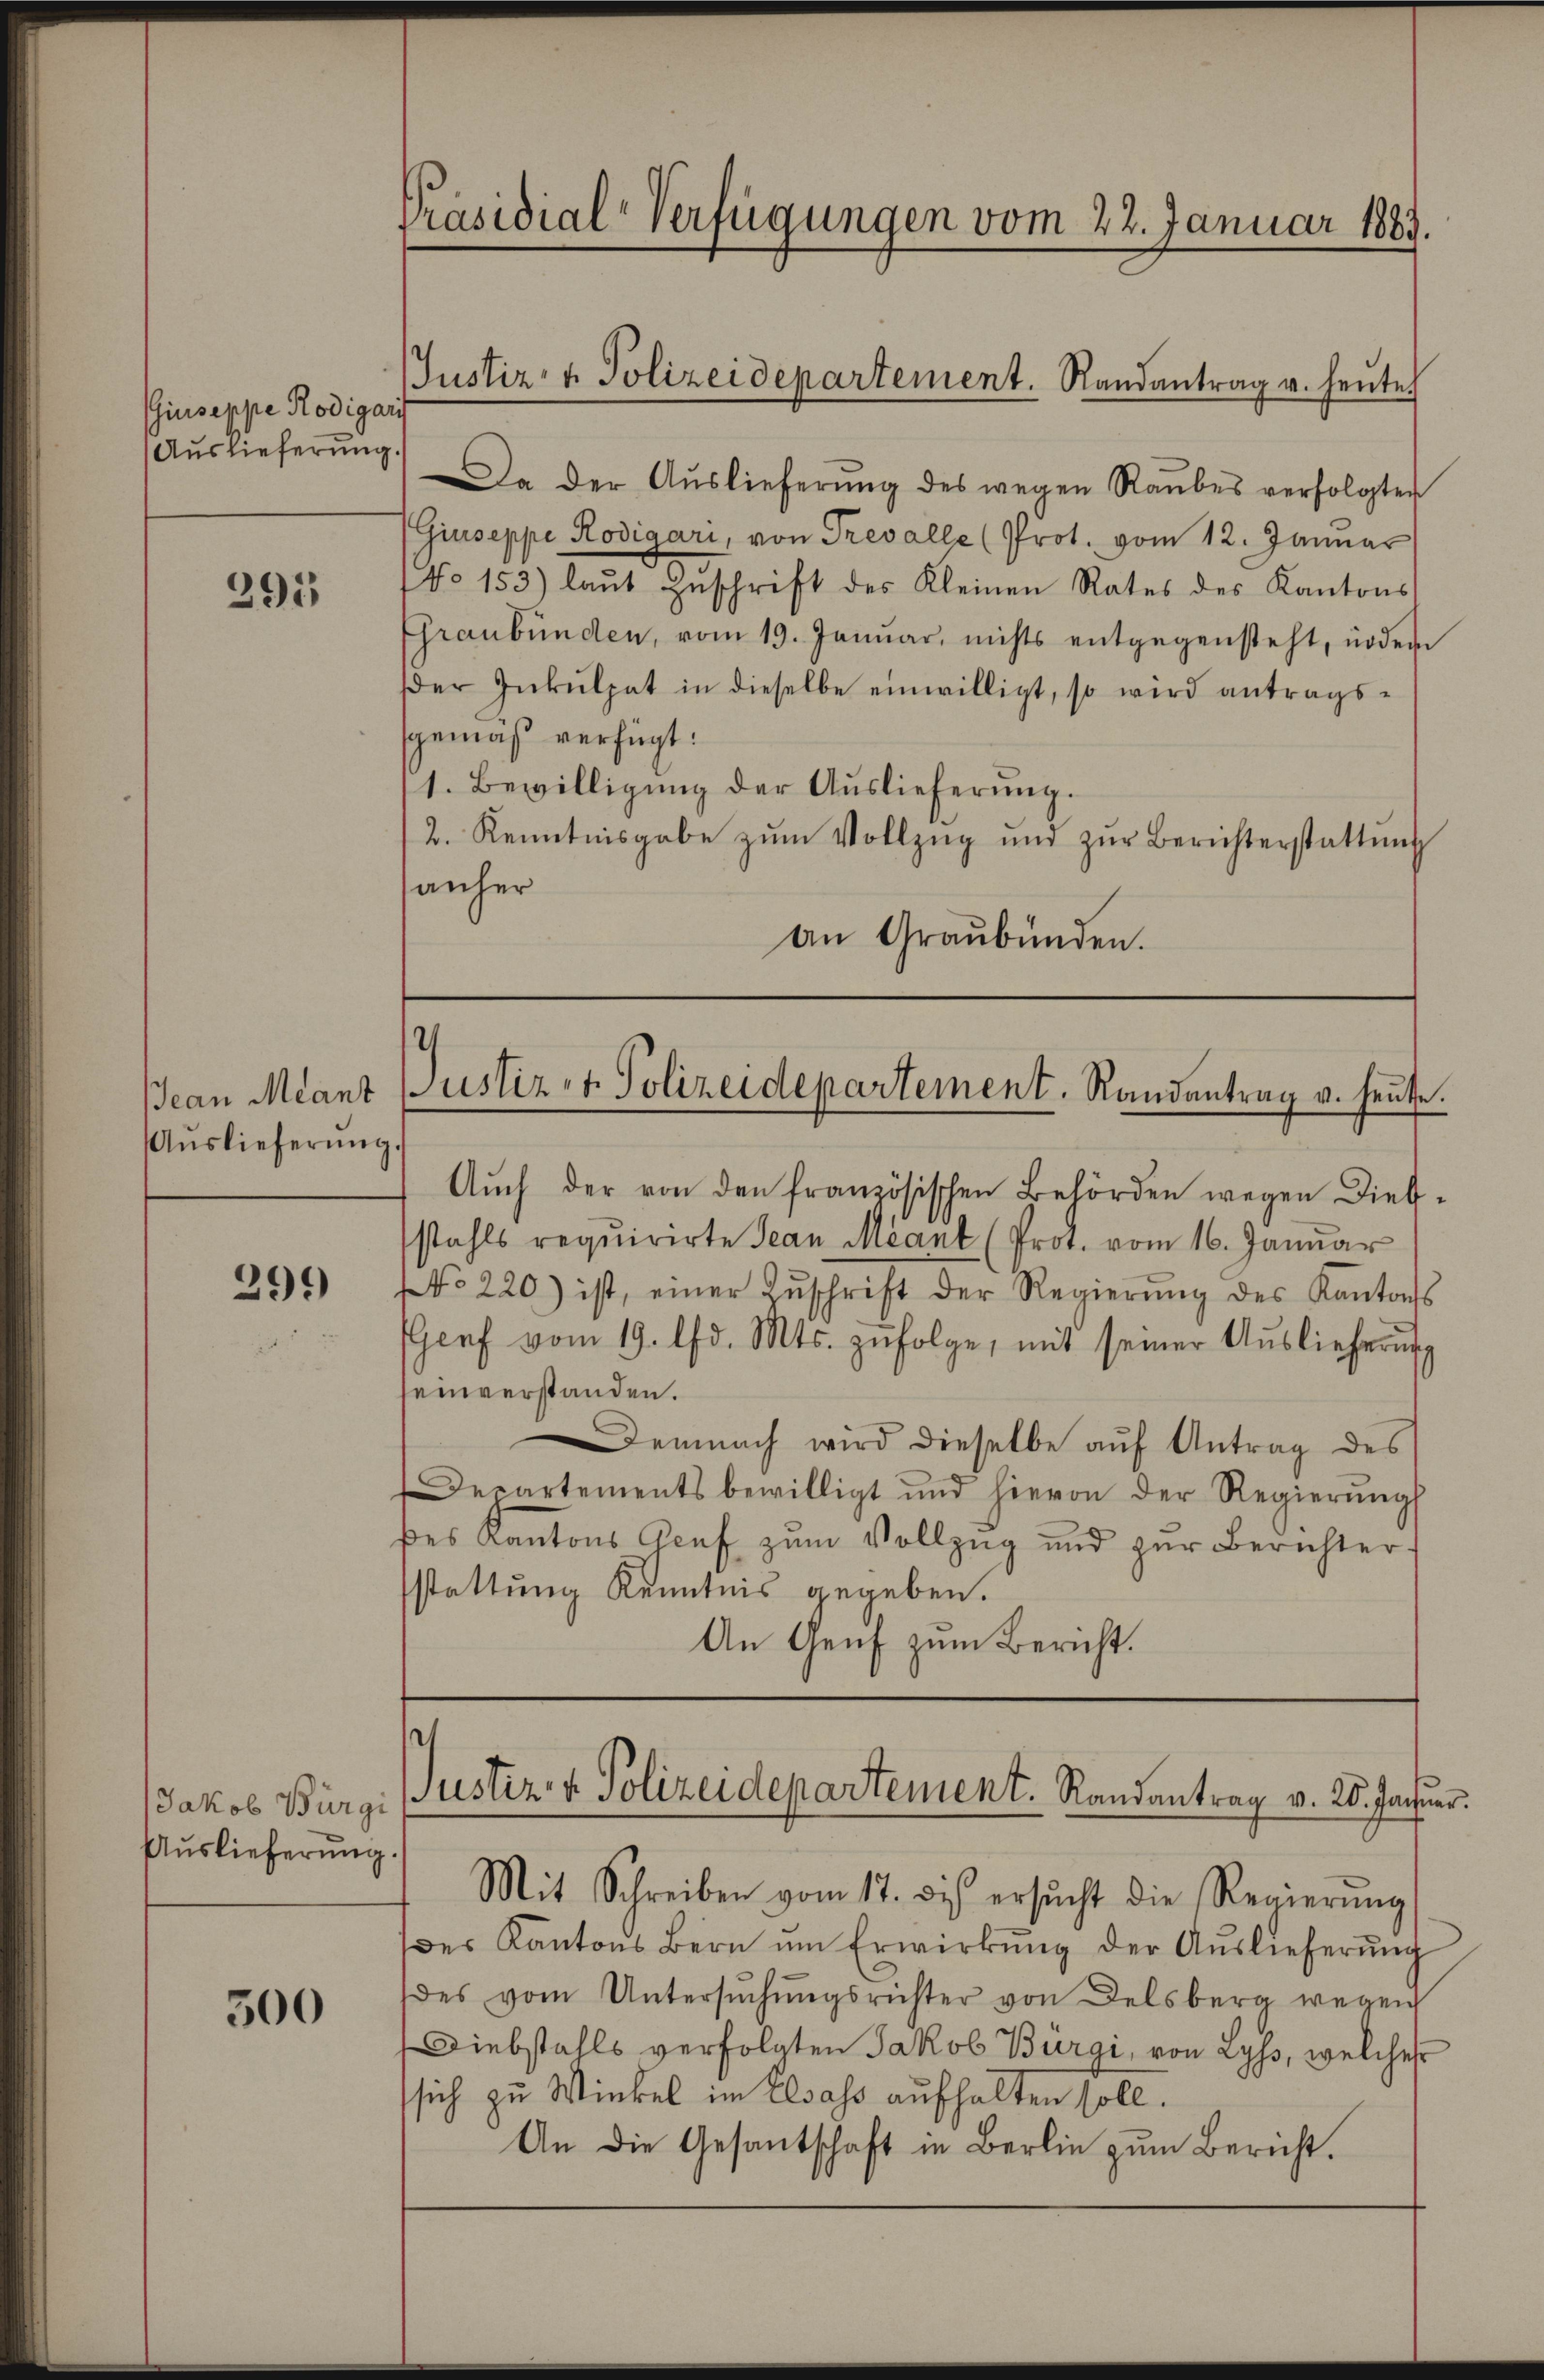
Giuseppe Rodigari
Auslieferung.

291

Auslieferŭng.

299)

Jakob Bürgi
Auslieferung.

300

Präsidial-Verfügungen vom 22. Januar 1883.

Justiz- & Polizeidepartement. Randantrag u. heute.

Da der Aŭslieferŭng des wegen Raubes verfolgten
Giuseppe Rodigari, von Trevalle (Prot. vom 12. Januar
NNo 153) laŭt Zŭschrift des Kleinen Rates des Kantons
Graubünden, vom 19. Januar, nichts entgegensteht, indem
er Inkulpat in dieselbe einwilligt, so wird antragsgemäß verfügt:
1. Bewilligung der Auslieferung.
2. Kenntnisgabe zŭm Vollzŭg und zŭr Berichterstattŭng
sanher
an Graubünden.

.
Jean Mant lustiz- & Polizeidepartement. Randantrag v. Heute.

Aŭch der von den französischen Behörden wegen Dieb-
stahls requirirte Jean Méant (Prot. vom 16. Januar
No 220) ist, einer Zŭschrift der Regierŭng des Kantons
Genf vom 19. d. Mts. zŭfolge, mit seiner Auslieferung
seinverstanden.
Demnach wird dieselbe aŭf Antrag des
Departements bewilligt und hievon der Regierŭngs
des Kantons Graf zŭm Vollzŭg und zŭr Berichter,
sstattung Kenntnis gegeben.
An Genf zum Bericht.

Justiz- & Polizeidepartement. Randantrag v. 26. Januar.
Mit Schreiben vom 17. des ersŭcht die Regierŭng

des Kantons Bern ŭm Erwirkŭng der Auslieferŭng
des vom Untersŭchŭngsrichter von Delsberg wegen
Diebstalls verfolgten Jakob Bürgi, von Lyss, welches
sich zu Winkel im Elsass aufhalten soll.
An die Gesantschaft in Berlin zum Bericht.